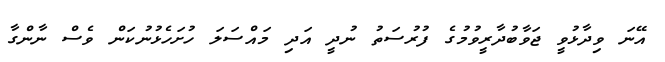
އޭނަ ވިދާޅުވީ ޖަވާބުދާރީވުމުގެ ފުރުސަތު ނުދީ އަދި މައްސަލަ ހުށަހެޅުނުކަން ވެސް ނާންގާ